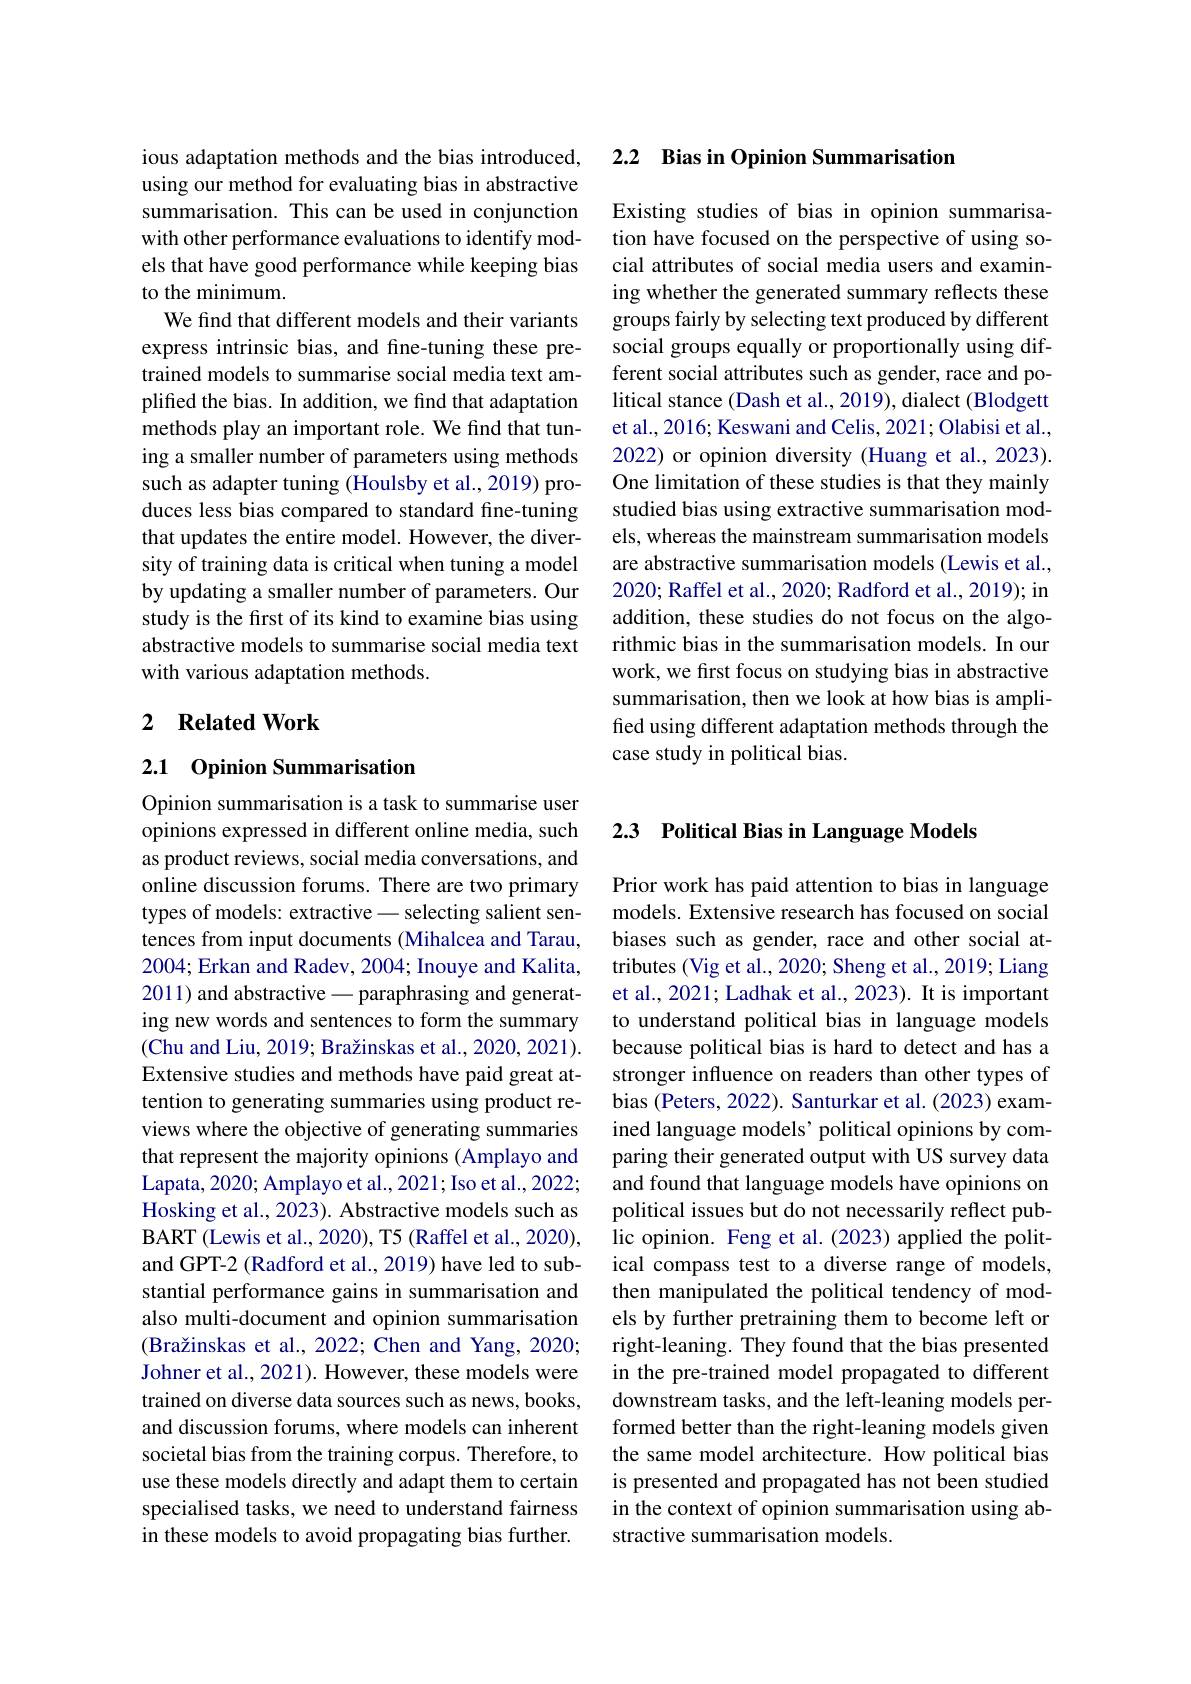
ious adaptation methods and the bias introduced, using our method for evaluating bias in abstractive summarisation. This can be used in conjunction with other performance evaluations to identify models that have good performance while keeping bias to the minimum.
We find that different models and their variants express intrinsic bias, and fine-tuning these pretrained models to summarise social media text amplified the bias. In addition, we find that adaptation methods play an important role. We find that tuning a smaller number of parameters using methods such as adapter tuning (Houlsby et al., 2019) produces less bias compared to standard fine-tuning that updates the entire model. However, the diversity of training data is critical when tuning a model by updating a smaller number of parameters. Our study is the first of its kind to examine bias using abstractive models to summarise social media text with various adaptation methods.

## 2 Related Work

## 2.1 Opinion Summarisation

Opinion summarisation is a task to summarise user opinions expressed in different online media, such as product reviews, social media conversations, and online discussion forums. There are two primary types of models: extractive- selecting salient sentences from input documents (Mihalcea and Tarau, 2004;Erkan and Radev, 2004; Inouye and Kalita, 2011) and abstractive - paraphrasing and generating new words and sentences to form the summary (Chu and Liu, 2019; Bražinskas et al., 2020, 2021). Extensive studies and methods have paid great attention to generating summaries using product reviews where the objective of generating summaries that represent the majority opinions (Amplayo and Lapata, 2020; Amplayo et al., 2021; Iso et al., 2022; Hosking et al., 2023). Abstractive models such as BART (Lewis et al., 2020), T5 (Raffel et al., 2020), and GPT-2 (Radford et al., 2019) have led to substantial performance gains in summarisation and also multi-document and opinion summarisation (Bražinskas et al., 2022; Chen and Yang, 2020; Johner et al., 2021). However, these models were trained on diverse data sources such as news, books, and discussion forums, where models can inherent societal bias from the training corpus. Therefore, to use these models directly and adapt them to certain specialised tasks, we need to understand fairness in these models to avoid propagating bias further.

## 2.2 Bias in Opinion Summarisation

Existing studies of bias in opinion summarisation have focused on the perspective of using social attributes of social media users and examining whether the generated summary reflects these groups fairly by selecting text produced by different social groups equally or proportionally using different social attributes such as gender, race and political stance (Dash et al., 2019), dialect (Blodgett et al., 2016; Keswani and Celis, 2021; Olabisi et al., 2022) or opinion diversity (Huang et al., 2023). One limitation of these studies is that they mainly studied bias using extractive summarisation models, whereas the mainstream summarisation models are abstractive summarisation models (Lewis et al., 2020; Raffel et al., 2020; Radford et al., 2019); in addition, these studies do not focus on the algorithmic bias in the summarisation models. In our work, we first focus on studying bias in abstractive summarisation, then we look at how bias is amplified using different adaptation methods through the case study in political bias

# 2.3 Political Bias in Language Models

Prior work has paid attention to bias in language models. Extensive research has focused on social biases such as gender, race and other social attributes (Vig et al., 2020; Sheng et al., 2019; Liang et al., 2021; Ladhak et al., 2023). It is important to understand political bias in language models because political bias is hard to detect and has a stronger influence on readers than other types of bias (Peters, 2022). Santurkar et al. (2023) examined language models' political opinions by comparing their generated output with US survey data and found that language models have opinions on political issues but do not necessarily reflect public opinion. Feng et al. (2023) applied the political compass test to a diverse range of models, then manipulated the political tendency of models by further pretraining them to become left or right-leaning. They found that the bias presented in the pre-trained model propagated to different downstream tasks, and the left-leaning models performed better than the right-leaning models given the same model architecture. How political bias is presented and propagated has not been studied in the context of opinion summarisation using abstractive summarisation models.